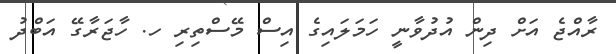
ރާއްޖެ އަށް ދިން އުދުވާނީ ހަމަލައިގެ އިސް މޭސްތިރި ހ. ހާޖަރާގޭ އަބްދު